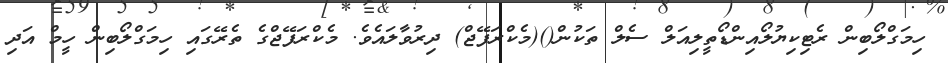
ހިމަގްލޯބިން ރެޓިކިޔުލޯއިންޑޯތީލިއަލް ސެލް ތަކުން()(މެކްރަފޭޖް) ދިރުވާލައެވެ. މެކްރަފޭޖްގެ ތެރޭގައި ހިމަގްލޯބިން ހީމް އަދި